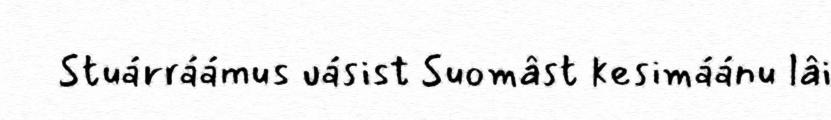
Stuárráámus uásist Suomâst kesimáánu lâi